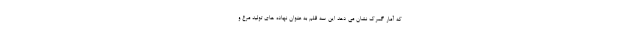
که آمار گمرک نشان می دهد این سه قلم به عنوان نهاده های تولید مرغ و